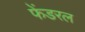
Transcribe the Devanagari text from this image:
फेंडरल